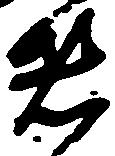
者